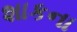
શાકના